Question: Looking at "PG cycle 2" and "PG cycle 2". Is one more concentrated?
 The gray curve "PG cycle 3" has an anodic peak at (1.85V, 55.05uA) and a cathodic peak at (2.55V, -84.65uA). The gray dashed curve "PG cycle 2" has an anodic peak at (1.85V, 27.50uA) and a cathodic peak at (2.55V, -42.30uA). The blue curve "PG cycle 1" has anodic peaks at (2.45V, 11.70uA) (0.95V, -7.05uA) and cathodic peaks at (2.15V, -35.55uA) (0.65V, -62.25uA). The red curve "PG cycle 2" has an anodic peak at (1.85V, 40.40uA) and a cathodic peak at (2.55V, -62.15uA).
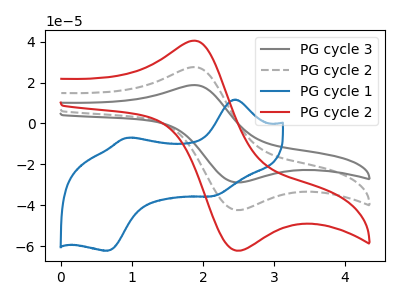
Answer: <think>All the peaks in "PG cycle 2" have a peak in "PG cycle 2" at the same potential. Every peak in "PG cycle 2" is higher than every peak in "PG cycle 2".
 </think>
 <answer>"PG cycle 2" has more signal than "PG cycle 2" and so likely has a higher concentration.</answer>
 <eval>more_concentration</eval>